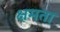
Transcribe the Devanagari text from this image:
क्षमता